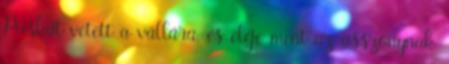
Puskát vetett a vállára, és eléje ment az asszonynak